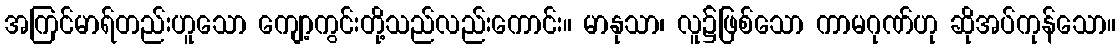
အကြင်မာရ်တည်းဟူသော ကျော့ကွင်းတို့သည်လည်းကောင်း။ မာနုသာ၊ လူ၌ဖြစ်သော ကာမဂုဏ်ဟု ဆိုအပ်ကုန်သော။